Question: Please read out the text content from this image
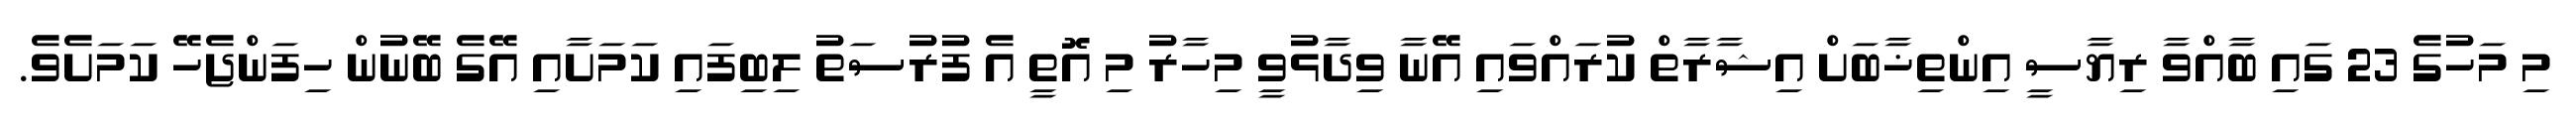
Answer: މި މަހުގެ 23 ގައި ބާއްވާ ރިޔާސީ އިންތިޚާބަށް އިޝާރާތް ކުރައްވައި އޭނާ ވިދާޅުވީ މިހާރު މި އޮތީ އެ ފުރުސަތު ލިބިފައި ކަމަށާއި އޭގެ ބޭނުން ހިފަންޖެހޭ ކަމަށެވެ.